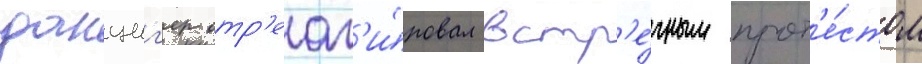
данциг'ер отр'еаг'и́ровал встр'е́чным прот'е́стом